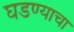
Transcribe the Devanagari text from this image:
घडण्याचा